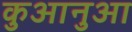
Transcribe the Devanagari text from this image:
कुआनुआ